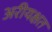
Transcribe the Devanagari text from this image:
अरीयक्षत